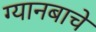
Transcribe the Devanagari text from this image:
ग्यानबाचे